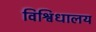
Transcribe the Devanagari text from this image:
विश्विधालय